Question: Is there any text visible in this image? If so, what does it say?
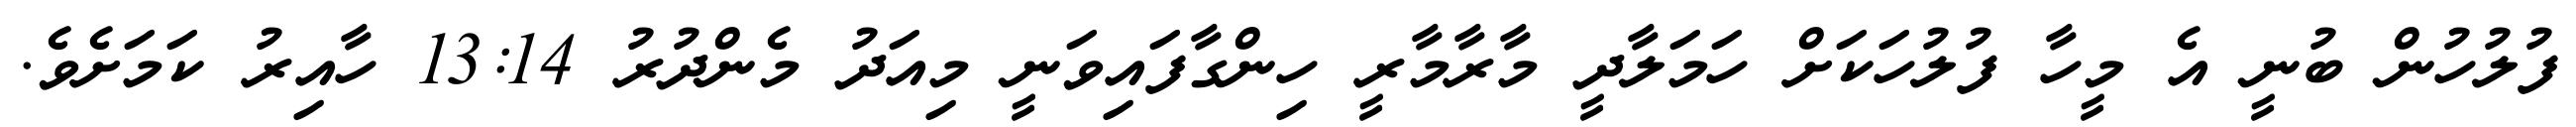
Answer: ފުލުހުން ބުނީ އެ މީހާ ފުލުހަކަށް ހަމަލާދީ މާރާމާރީ ހިންގާފައިވަނީ މިއަދު މެންދުރު 13:14 ހާއިރު ކަމަށެވެ.